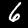
Label: 6